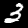
Label: 3